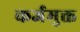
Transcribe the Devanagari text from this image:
कर्जमुक्त